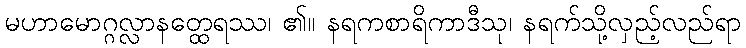
မဟာမောဂ္ဂလ္လာနတ္ထေရဿ၊ ၏။ နရကစာရိကာဒီသု၊ နရက်သို့လှည့်လည်ရာ